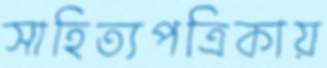
সাহিত্যপত্রিকায়